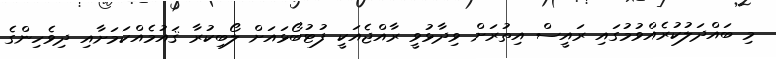
މި ބައްދަލުކުރެއްވުމުގައި ރައީސް އިތުރަށް ވިދާޅުވީ ރާއްޖެއަކީ ފުޓުބޯޅައަށް ލޯބިކުރާ ޤައުމެއްކަމަށާއި ދިވެހިންގެ